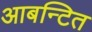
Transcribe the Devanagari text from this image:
आबन्टित